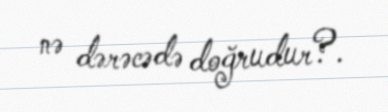
nə dərəcədə doğrudur?.